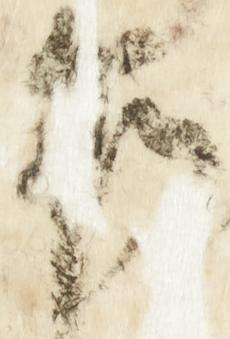
乍